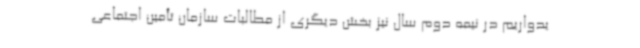
یدواریم در نیمه دوم سال نیز بخش دیگری از مطالبات سازمان تأمین اجتماعی